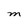
Character: M